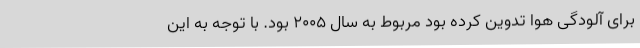
برای آلودگی هوا تدوین کرده بود مربوط به سال ۲۰۰۵ بود. با توجه به این